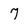
Character: 7